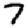
Digit: 7